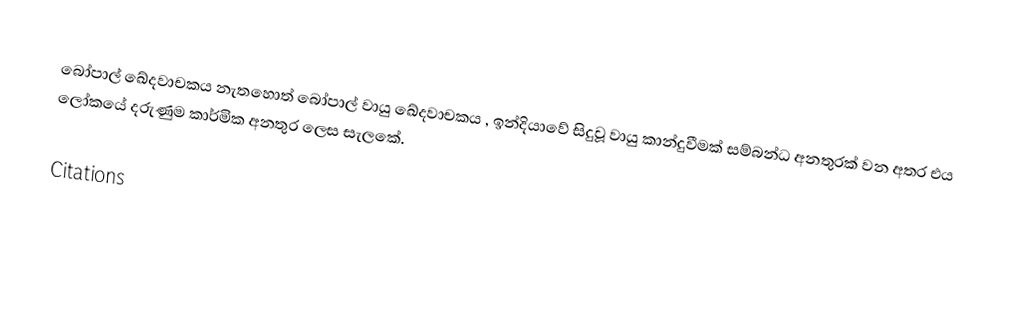
බෝපාල් ඛේදවාචකය නැතහොත් බෝපාල් වායු ඛේදවාචකය , ඉන්දියාවේ සිදුවූ වායු කාන්දුවීමක් සම්බන්ධ අනතුරක් වන අතර එය ලෝකයේ දරුණුම කාර්මික අනතුර ලෙස සැලකේ.

Citations